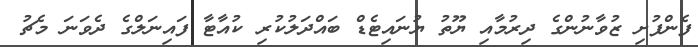
ފެންފުށި ޒުވާނުންގެ ދިރުމާއި ޔޫތު ޔުނައިޓެޑް ބައްދަލުކުރި ކުއާޓާ ފައިނަލްގެ ދެވަނަ މެޗު